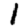
Digit: 1